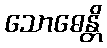
သောဓေန္တိ